Report on the administration of the Government Cinchona Department 1892-98
Year: 1892
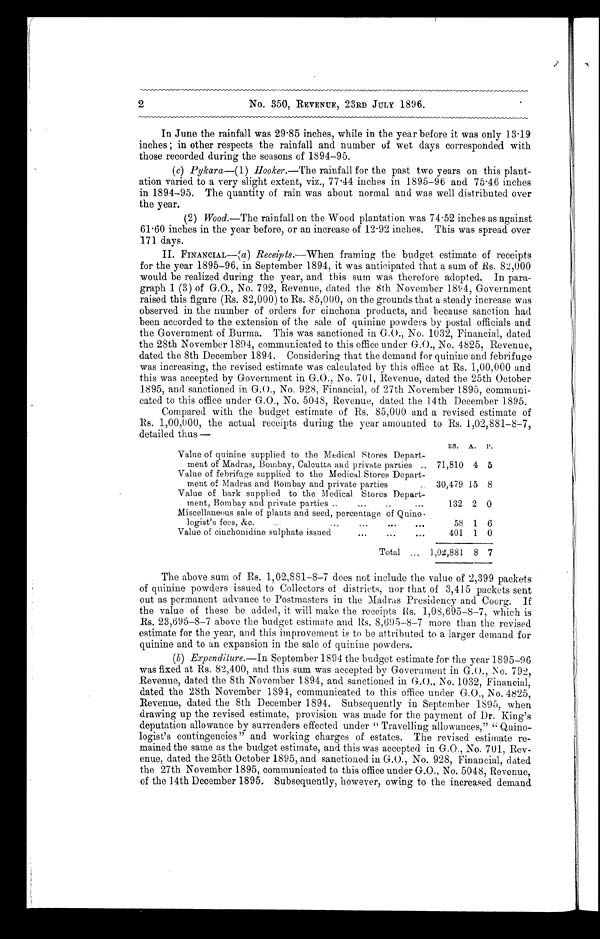
2
No. 350, REVENUE, 23RD JULY 1896.
In June the rainfall was 29.85 inches, while in the year before it was only 13.19
inches ; in other respects the rainfall and number of wet days corresponded with
those recorded during the seasons of 1894-95.
(c) Pylcara-(1) Hooker.— The rainfall for the past two years on this plant
- a t i o n v a r i e d t o a v e r y s l i g h t e x t e n t , v i z . , 7 7 . 4 4 i n c h e s i n 1 8 9 5 - 9 6 a n d 7 5 - 4 6 i n c h e s
in 1894-95. The quantity of rain was about normal and was well distributed over
the year.
(2) Wood.—The rainfall on the Wood plantation was 74.52 inches as against
61.60 inches in the year before, or an increase of 12.92 inches. This was spread over
171 days.
II. FINANCIAL—(a) Receipts.—When framing the budget estimate of receipts
for the year 1895-96, in September 1894, it was anticipated that a sum of Rs. 82,000
would be realized during the year, and this sum was therefore adopted. In para
- g r a p h 1 ( 3 ) o f G . O . , N o . 7 9 2 , R e v e n u e , d a t e d t h e 8 t h N o v e m b e r 1 89
4 , G o v e r n m e n t
raised this figure (Rs. 82,000) to Rs. 85,000, on the grounds that a steady increase was
observed in the number of orders for cinchona products, and because sanction had
been accorded to the extension of the sale of quinine powders by postal officials and
the Government of Burma. This was sanctioned in G.O., No. 1032, Financial, dated
the 28th November 1894, communicated to this office under G.O., No. 4825, Revenue,
dated the 8th December 1894. Considering that the demand for quinine and febrifuge
was increasing, the revised estimate was calculated by this office at Rs. 1,00,000 and
this was accepted by Government in G.O., No. 701, Revenue, dated the 25th October
1895, and sanctioned in G.O., No. 928, Financial, of 27th November 1895, communi
- c a t e d t o t h i s o f f i c e u n d e r G . O . , N o . 5 0 4 8 , R e v e n u e , d a t e d t h e 1 4 t h D e c e m b e r 1 8 9 5 .
Compared with the budget estimate of Rs. 85,000 and a revised estimate of
Rs. 1,00,000, the actual receipts during the year amounted to Rs. 1,02,881-8-7,
detailed thus —
RS.
A.
P.
Value of quinine supplied to the Medical Stores Depart-
ment of Madras, Bombay, Calcutta and private parties
71,810 4 5
Value of febrifuge supplied to the Medical Stores Depart-
ment of Madras and Bombay and private parties
30,479 15 8
Value of bark supplied to the Medical Stores Depart-
ment, Bombay and private parties..
..
...
132 2 0
Miscellaneous sale of plants and seed, percentage of Quino- l o g i s t ' s f e e s , & c .
58 1 6
Value of cinchonidine sulphate issued
...
...
•..
401 1 0
Total ... 1,02,881 8 7
The above sum of Rs. 1,02,881-8-7 does not include the value of 2,399 packets
of quinine powders issued to Collectors of districts, nor that of 3,415 packets sent
out as permanent advance to Postmasters in the Madras Presidency and Coorg. If
the value of these be added, it will make the receipts Rs. 1,08,695-8-7, which is
Rs. 23,695-8-7 above the budget estimate and Rs. 8,695-8-7 more than the revised
estimate for the year, and this improvement is to be attributed to a larger demand for
quinine and to an expansion in the sale of quinine powders.
(b) Expenditure.—In September 1894 the budget estimate for the year 1895-96
was fixed at Rs. 82,400, and this sum was accepted by Government in G.O., No. 792,
Revenue, dated the 8th November 1894, and sanctioned in G.O., No. 1032, Financial,
dated the 28th November 1894, communicated to this office under G.O., No. 4825,
Revenue, dated the 8th December 1894. Subsequently in September 1895, when
drawing up the revised estimate, provision was made for the payment of Dr. King's
deputation allowance by surrenders effected under " Travelling allowances," " Quino
-logist's contingencies " and working charges of estates. The revised estimate re
-mained the same as the budget estimate, and this was accepted in G.O., No. 701, Rev
- e n u e , d a t e d t h e 2 5 t h O c t o b e r 1 8 9 5 , a n d s a n c t i o n e d i n G . O . , N o . 9 2 8 , F i n a n c i a l , d a t e d
the 27th November 1895, communicated to this office under G.O., No. 5048, Revenue,
of the 14th December 1895. Subsequently, however, owing to the increased demand